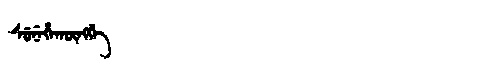
Manchu: ᠰᡠᠨᡝᡥᠠᡴᡡᠩᡤᡝ
Romanization: SUNEHAKŪNGGE